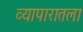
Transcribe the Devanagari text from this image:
व्यापारातला